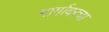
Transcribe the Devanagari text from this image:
मार्गावरचा